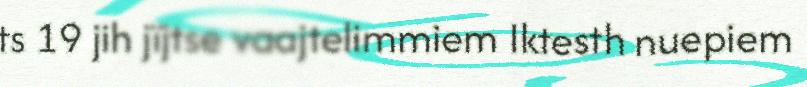
ts 19 jih jïjtse vaajtelimmiem Iktesth nuepiem